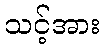
သင့်အား